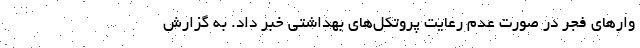
وارهای فجر در صورت عدم رعایت پروتکل‌های بهداشتی خبر داد. به گزارش